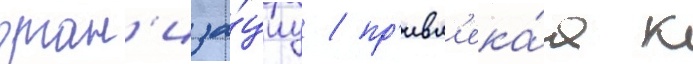
орган'иза́циу / пр'ивл'ека́я к